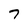
Character: 7